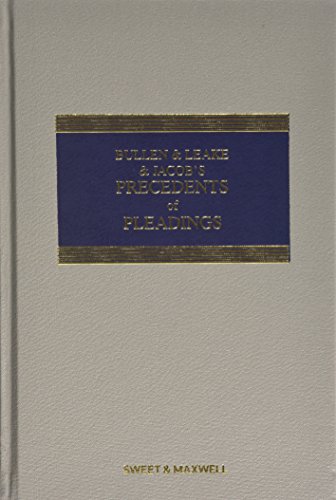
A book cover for Bullen & Leake & Jacob's Precedents of Pleadings; Law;